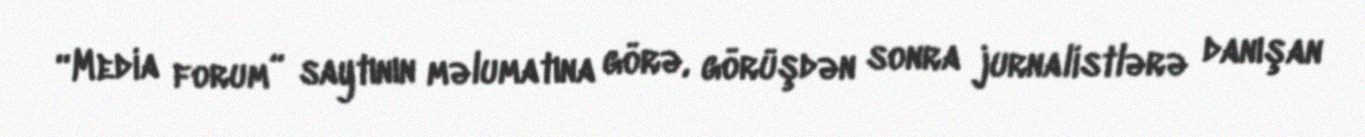
“Media forum” saytının məlumatına görə, görüşdən sonra jurnalistlərə danışan